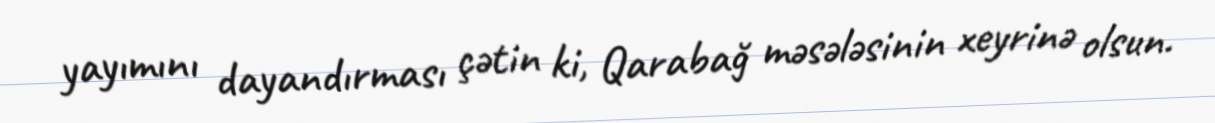
yayımını dayandırması çətin ki, Qarabağ məsələsinin xeyrinə olsun.